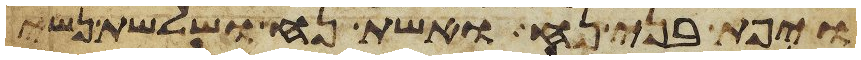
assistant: ויפת בני נח ואשת נח ושלשת נשי